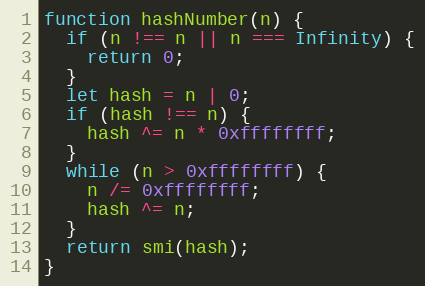
Language: JavaScript
function hashNumber(n) {
  if (n !== n || n === Infinity) {
    return 0;
  }
  let hash = n | 0;
  if (hash !== n) {
    hash ^= n * 0xffffffff;
  }
  while (n > 0xffffffff) {
    n /= 0xffffffff;
    hash ^= n;
  }
  return smi(hash);
}